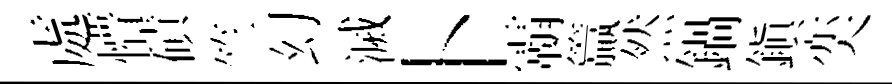
處懵磧竺幻滅卜霸籯然鍋鎭奕